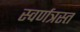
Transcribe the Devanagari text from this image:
स्वर्णत्रस्त